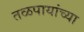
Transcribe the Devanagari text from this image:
तळपायांच्या